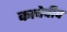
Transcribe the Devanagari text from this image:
काचेचीच